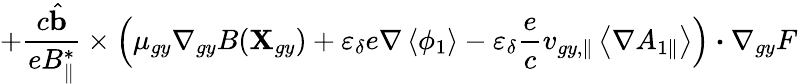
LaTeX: +\frac{c\hat{\textbf{b}}}{e{B}_{\parallel}^{*}}\times\left(\mu_{gy}\nabla_{gy}B(\textbf{X}_{gy})+\varepsilon_{\delta}e\nabla\left\langle\phi_{1}\right\rangle-\varepsilon_{\delta}\frac{e}{c}v_{gy,\parallel}\left\langle\nabla{A}_{1\parallel}\right\rangle\right)\boldsymbol{\cdot}\nabla_{gy}F\,